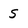
Character: 5